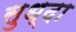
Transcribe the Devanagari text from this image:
सुध्‍दा